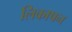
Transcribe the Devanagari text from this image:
लिकाषन